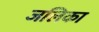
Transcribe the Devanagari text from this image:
जलिका